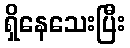
ရှိနေသေးပြီး